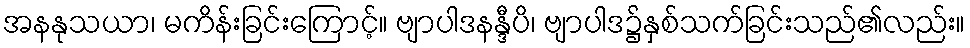
အနနုသယာ၊ မကိန်းခြင်းကြောင့်။ ဗျာပါဒနန္ဒီပိ၊ ဗျာပါဒ၌နှစ်သက်ခြင်းသည်၏လည်း။